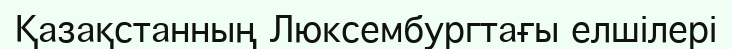
Қазақстанның Люксембургтағы елшілері